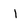
Character: I